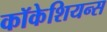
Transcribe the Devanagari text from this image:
कॉकेशियन्स